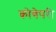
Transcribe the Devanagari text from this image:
कोणेपरी